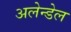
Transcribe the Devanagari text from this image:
अलेन्डेल